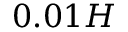
0 . 0 1 H